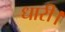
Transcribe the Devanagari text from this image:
धारी।